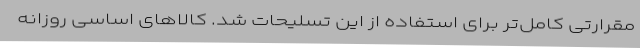
مقرارتی کامل‌تر برای استفاده از این تسلیحات شد. کالاهای اساسی روزانه